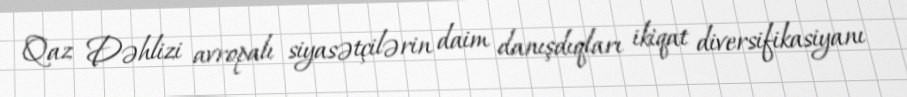
Qaz Dəhlizi avropalı siyasətçilərin daim danışdıqları ikiqat diversifikasiyanı